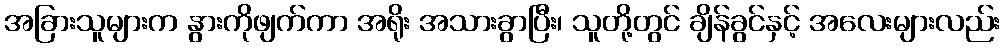
အခြားသူများက နွားကိုဖျက်ကာ အရိုး အသားခွာပြီး၊ သူတို့တွင် ချိန်ခွင်နှင့် အလေးများလည်း